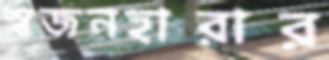
স্বজনহারার